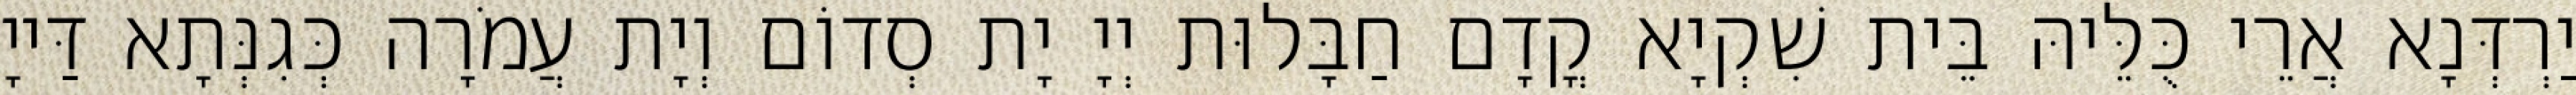
יַרְדְּנָא אֲרֵי כֻּלֵּיהּ בֵּית שִׁקְיָא קֳדָם חַבָּלוּת יְיָ יָת סְדוֹם וְיָת עֲמֹרָה כְּגִנְּתָא דַּייָ